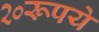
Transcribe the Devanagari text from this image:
२०रूपये